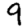
Digit: 9